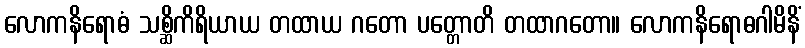
လောကနိရောဓံ သစ္ဆိကိရိယာယ တထာယ ဂတော ပတ္တောတိ တထာဂတော။ လောကနိရောဓဂါမိနိံ